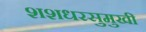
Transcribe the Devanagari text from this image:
शशधरसुमुखी